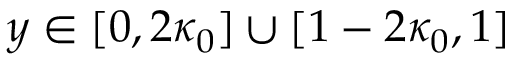
y \in [ 0 , 2 \kappa _ { 0 } ] \cup [ 1 - 2 \kappa _ { 0 } , 1 ]